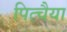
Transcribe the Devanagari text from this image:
पित्चैया